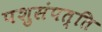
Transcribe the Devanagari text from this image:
पशुसंपत्ति